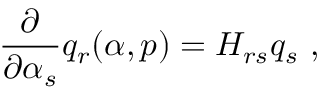
{ \frac { \partial } { \partial \alpha _ { s } } } q _ { r } ( \alpha , p ) = H _ { r s } q _ { s } \ ,